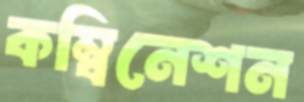
কম্বিনেশন